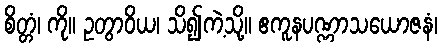
စိတ္တံ၊ ကို။ ဥတွာဝိယ၊ သိ၍ကဲ့သို့။ ဧကူနပဏ္ဏာသယောဇနံ၊